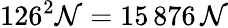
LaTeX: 126^{2}\mathcal{N}=15\, 876\, \mathcal{N}